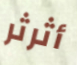
أثرثر